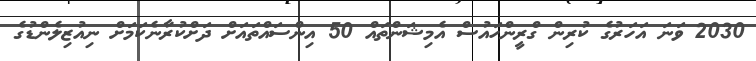
2030 ވަނަ އަހަރުގެ ކުރިން ގްރީންހައުސް އެމިޝަންތައް 50 އިންސައްތައަށް ދަށްކުރާނެކަމަށް ނިއުޒިލެންޑުގެ